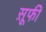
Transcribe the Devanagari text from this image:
स़ूफी